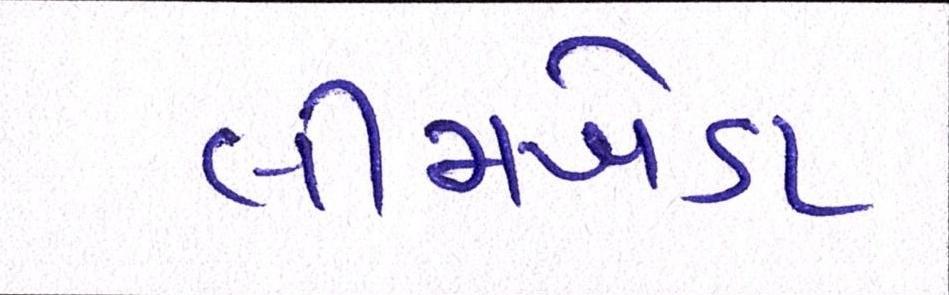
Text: લીમખેડા